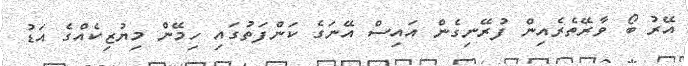
އޭރު ބޯ ވާރޭތެރެއިން ފުރޭނިގެން އައިސް އޭނަގެ ކަންފަތުގައި ހިމޭން މިޔުޒިކެއްގެ އަޑު